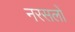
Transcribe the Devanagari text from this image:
नरसलों